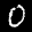
Label: 0